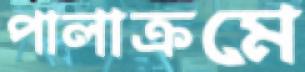
পালাক্রমে